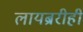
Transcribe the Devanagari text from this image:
लायब्ररीही